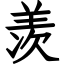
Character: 羡